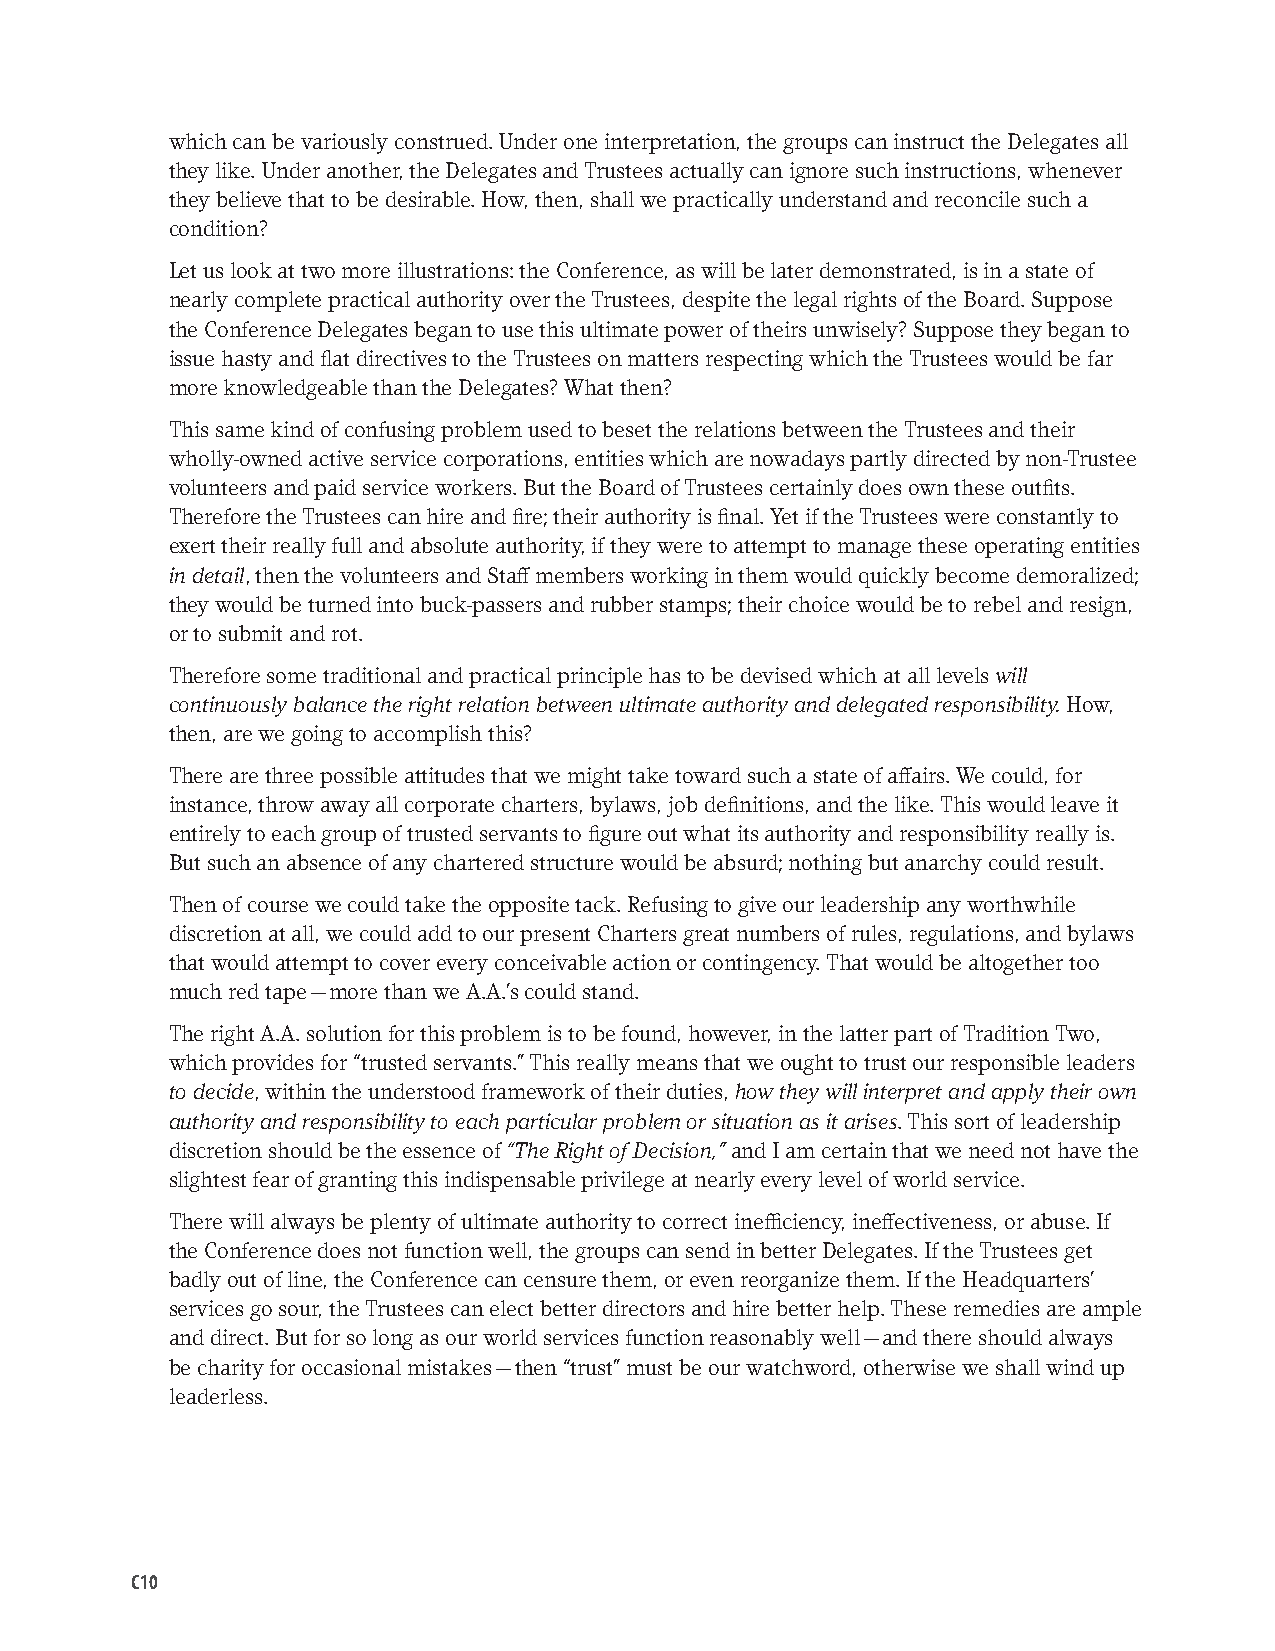
which can be variously construed. Under one interpretation, the groups can instruct the Delegates all
 they like. Under another, the Delegates and Trustees actually can ignore such instructions, whenever
 they believe that to be desirable. How, then, shall we practically understand and reconcile such a
 condition?
 Let us look at two more illustrations: the Conference, as will be later demonstrated, is in a state of
 nearly complete practical authority over the Trustees, despite the legal rights of the Board. Suppose
 the Conference Delegates began to use this ultimate power of theirs unwisely? Suppose they began to
 issue hasty and flat directives to the Trustees on matters respecting which the Trustees would be far
 more knowledgeable than the Delegates? What then?
 This same kind of confusing problem used to beset the relations between the Trustees and their
 wholly-owned active service corporations, entities which are nowadays partly directed by non-Trustee
 volunteers and paid service workers. But the Board of Trustees certainly does own these outfits.
 Therefore the Trustees can hire and fire; their authority is final. Yet if the Trustees were constantly to
 exert their really full and absolute authority, if they were to attempt to manage these operating entities
 in detail, then the volunteers and Staff members working in them would quickly become demoralized;
 they would be turned into buck-passers and rubber stamps; their choice would be to rebel and resign,
 or to submit and rot.
 Therefore some traditional and practical principle has to be devised which at all levels will
 continuously balance the right relation between ultimate authority and delegated responsibility. How,
 then, are we going to accomplish this?
 There are three possible attitudes that we might take toward such a state of affairs. We could, for
 instance, throw away all corporate charters, bylaws, job definitions, and the like. This would leave it
 entirely to each group of trusted servants to figure out what its authority and responsibility really is.
 But such an absence of any chartered structure would be absurd; nothing but anarchy could result.
 Then of course we could take the opposite tack. Refusing to give our leadership any worthwhile
 discretion at all, we could add to our present Charters great numbers of rules, regulations, and bylaws
 that would attempt to cover every conceivable action or contingency. That would be altogether too
 much red tape — more than we A.A.’s could stand.
 The right A.A. solution for this problem is to be found, however, in the latter part of Tradition Two,
 which provides for “trusted servants.” This really means that we ought to trust our responsible leaders
 to decide, within the understood framework of their duties, how they will interpret and apply their own
 authority and responsibility to each particular problem or situation as it arises. This sort of leadership
 discretion should be the essence of “The Right of Decision,” and I am certain that we need not have the
 slightest fear of granting this indispensable privilege at nearly every level of world service.
 There will always be plenty of ultimate authority to correct inefficiency, ineffectiveness, or abuse. If
 the Conference does not function well, the groups can send in better Delegates. If the Trustees get
 badly out of line, the Conference can censure them, or even reorganize them. If the Headquarters’
 services go sour, the Trustees can elect better directors and hire better help. These remedies are ample
 and direct. But for so long as our world services function reasonably well — and there should always
 be charity for occasional mistakes — then “trust” must be our watchword, otherwise we shall wind up
 leaderless.
 C10